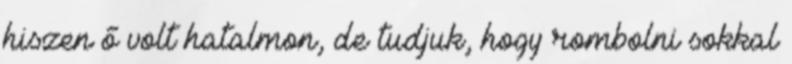
hiszen ő volt hatalmon, de tudjuk, hogy rombolni sokkal